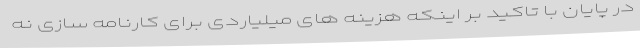
در پایان با تاکید بر اینکه هزینه های میلیاردی برای کارنامه سازی نه